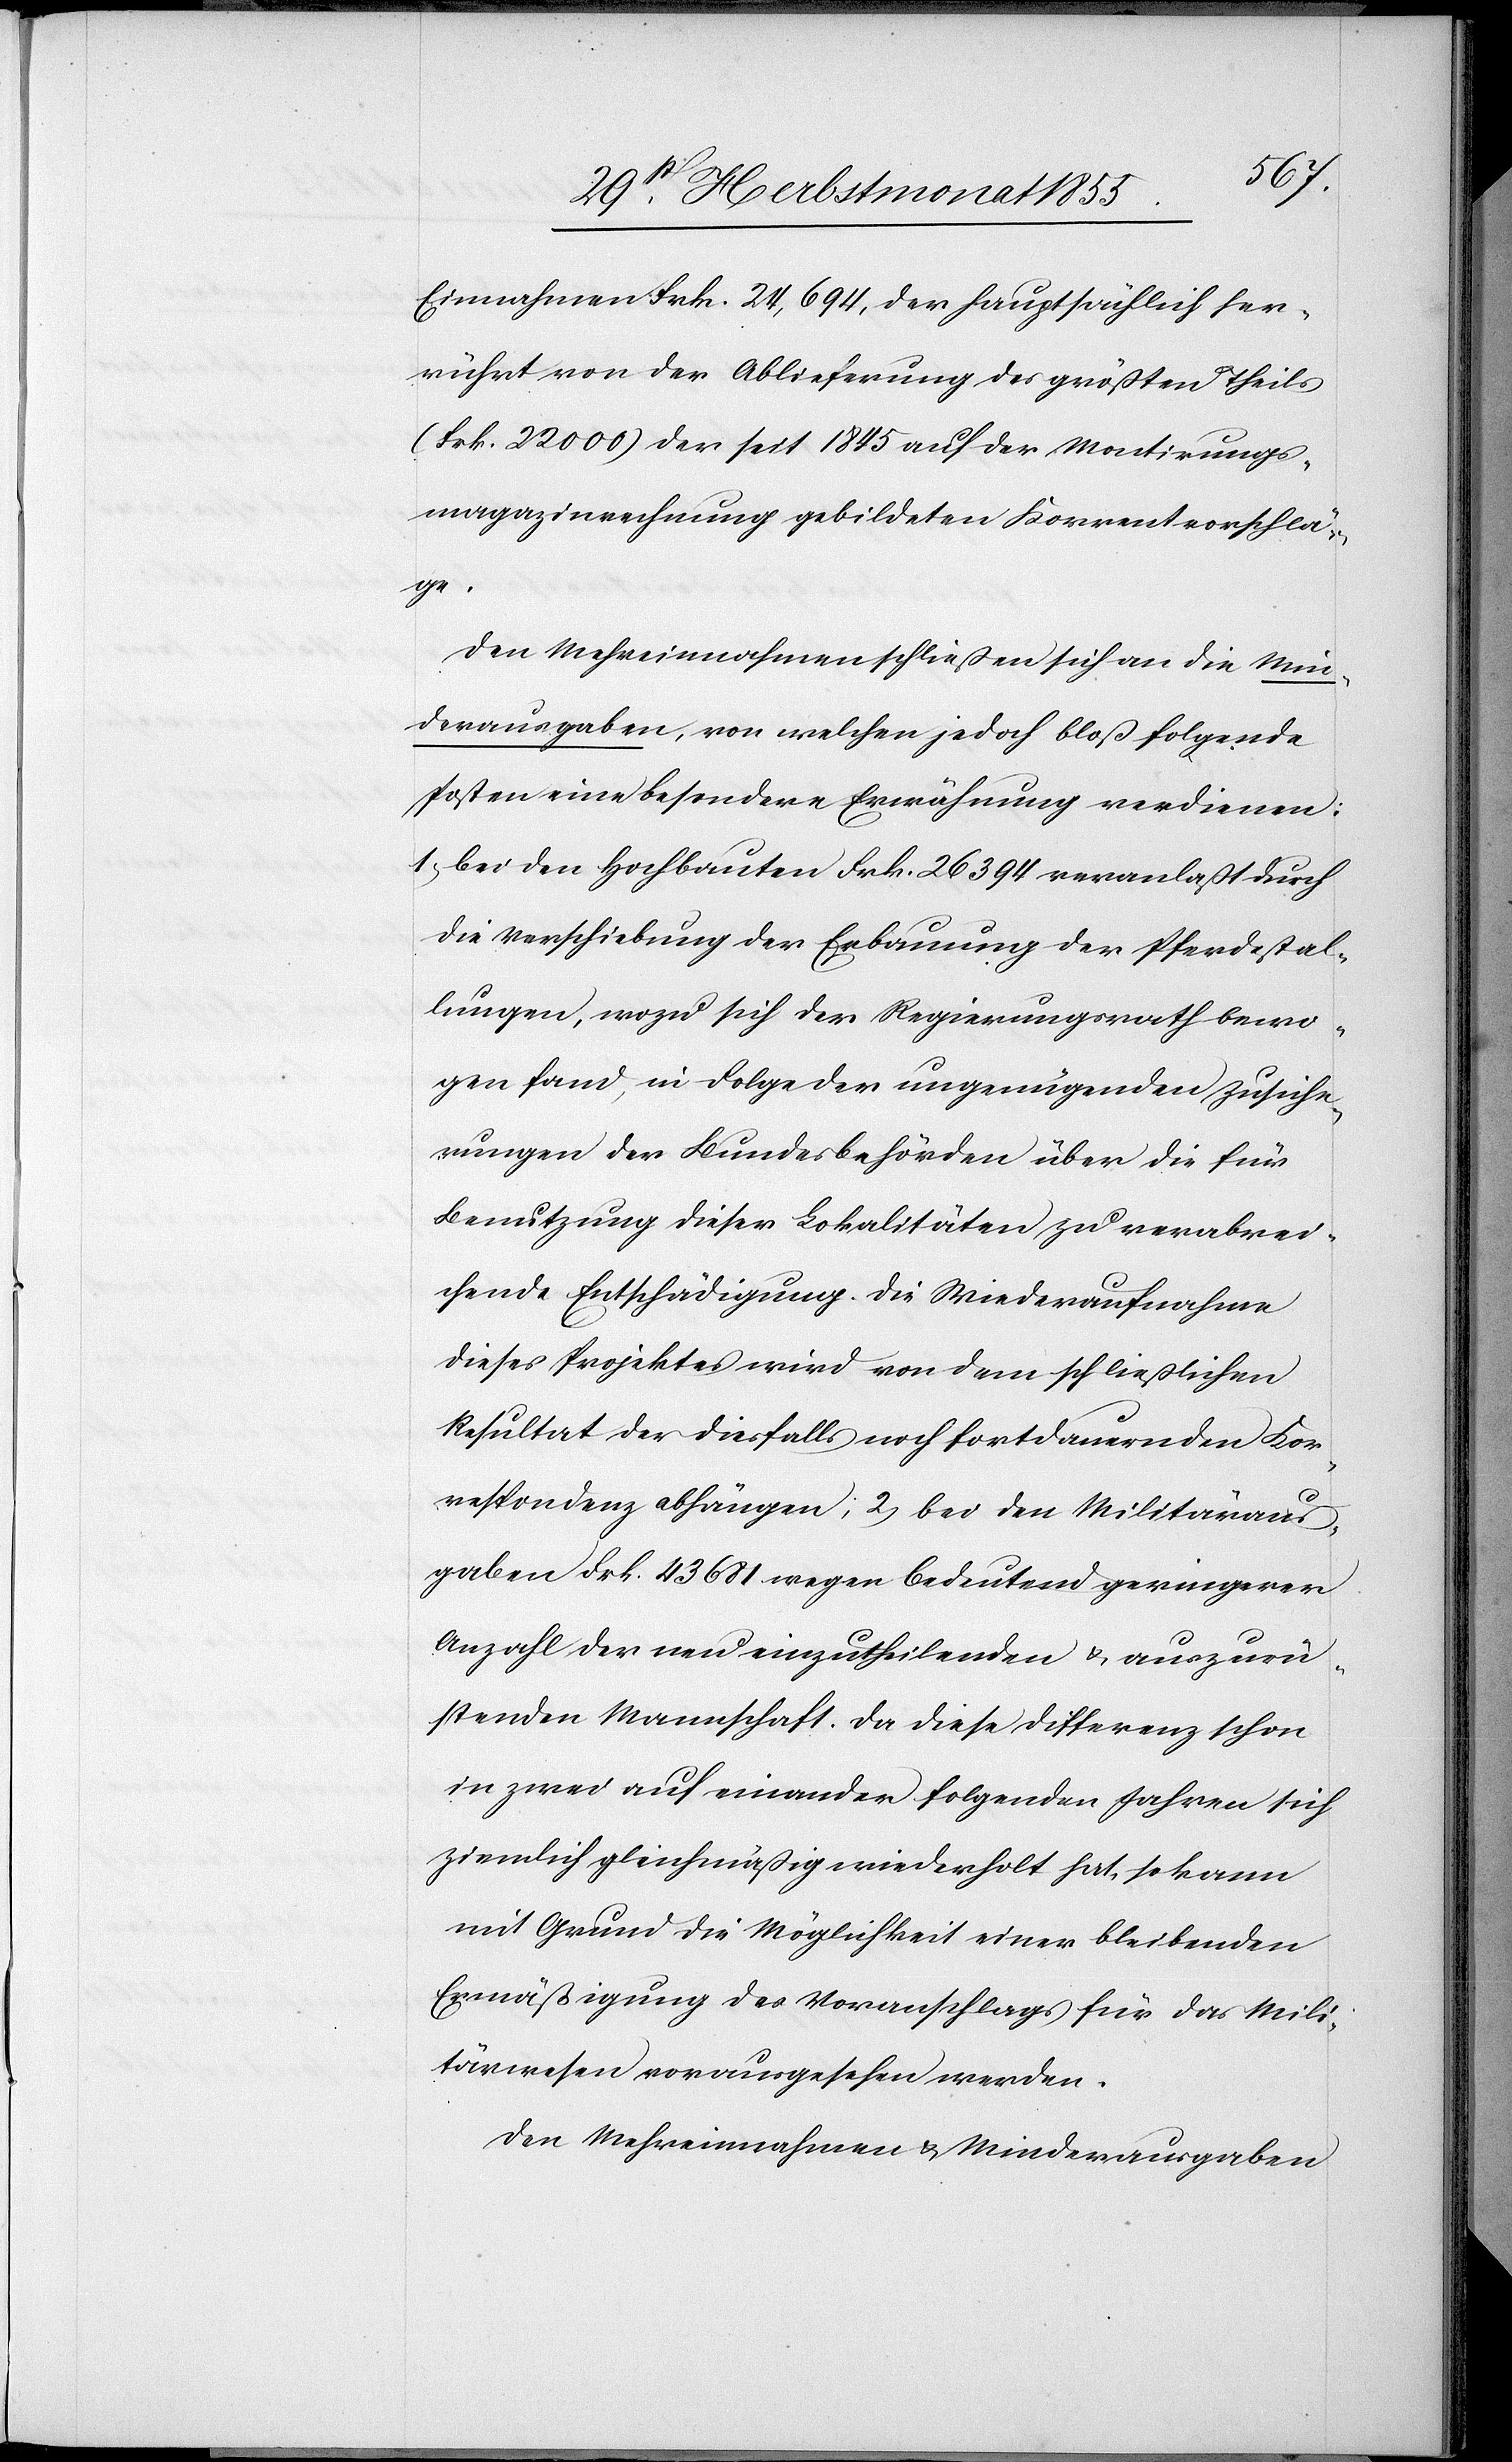
Einnahmen Frk. 24,694, der hauptsächlich her¬
rührt von der Ablieferung des größten Theils
(Frk. 22 000) der seit 1845 auf der Montirungs¬
magazinrechnung gebildeten Korrentvorschlä¬
ge.
Den Mehreinnahmen schließen sich an die Min¬
derausgaben, von welchen jedoch bloß folgende
Posten eine besondere Erwähnung verdienen:
1, bei den Hochbauten Frk. 26 394 veranlaßt durch
die Verschiebung der Erbauung der Pferdestal¬
lungen, wozu sich der Regierungsrath bewo¬
gen fand, in Folge der ungenügenden Zusiche¬
rungen der Bundesbehörden über die für
Benutzung dieser Lokalitäten zu verabrei¬
chende Entschädigung. Die Wiederaufnahme
dieses Projektes wird von dem schließlichen
Resultat der diesfalls noch fortdauernden Kor¬
respondenz abhängen; 2) bei den Militäraus¬
gaben Frk. 43 681 wegen bedeutend geringerer
Anzahl der neu einzutheilenden & auszurü¬
stenden Mannschaft. Da diese Differenz schon
in zwei auf einander folgenden Jahren sich
ziemlich gleichmäßig wiederholt hat, so kann
mit Grund die Möglichkeit einer bleibenden
Ermäßigung des Voranschlags für das Mili¬
tärwesen vorausgesehen werden.
Den Mehreinnahmen & Minderausgaben